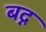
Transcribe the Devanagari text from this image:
बद्न